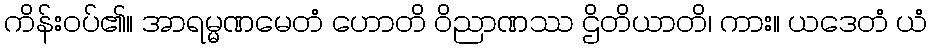
ကိန်းဝပ်၏။ အာရမ္မဏမေတံ ဟောတိ ဝိညာဏဿ ဌိတိယာတိ၊ ကား။ ယဒေတံ ယံ